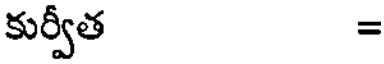
కుర్వీత =